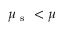
\mu _ { \mathrm { ~ s ~ } } < \mu